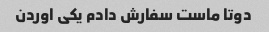
دوتا ماست سفارش دادم یکی اوردن